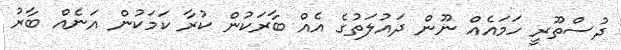
ދުސްތޫރީ ހަމައެއް ނޫން ދައުލަތުގެ އެއް ބާރަކުން ކުރާ ކަމަކުން އަނެއް ބާރު